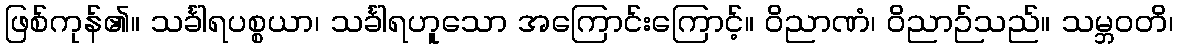
ဖြစ်ကုန်၏။ သင်္ခါရပစ္စယာ၊ သင်္ခါရဟူသော အကြောင်းကြောင့်။ ဝိညာဏံ၊ ဝိညာဉ်သည်။ သမ္ဘဝတိ၊